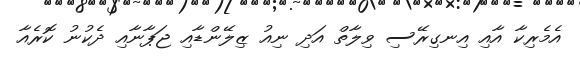
އެމެރިކާ އާއި އިނގިރޭސި ވިލާތް އަދި ނިއު ޒިލޭންޑާއި ޖަޕާނާއި ދެކުނު ކޮރެއާ